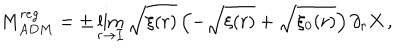
M _ { A D M } ^ { r e g } = \pm \lim _ { r \rightarrow { \mathcal { I } } } \sqrt { \xi ( r ) } \left( - \sqrt { \xi ( r ) } + \sqrt { \xi _ { 0 } ( r ) } \right) \partial _ { r } X \, ,